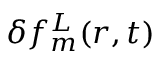
\delta f _ { m } ^ { L } ( r , t )